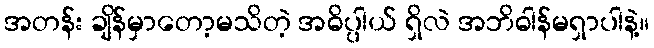
အတန်း ချိန်မှာတော့မသိတဲ့ အဓိပ္ပါယ် ရှိလဲ အဘိဓါန်မရှာပါနဲ့။